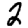
Digit: 2